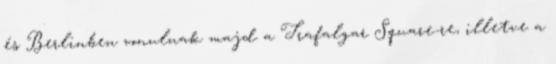
és Berlinben vonulnak majd a Trafalgar Square-re, illetve a